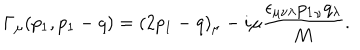
\Gamma _ { \mu } ( p _ { 1 } , p _ { 1 } - q ) = ( 2 p _ { 1 } - q ) _ { \mu } - i \mu { \frac { \epsilon _ { \mu \nu \lambda } { p _ { 1 } } _ { \nu } q _ { \lambda } } { M } } .